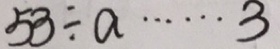
5 8 \div a \cdots 3